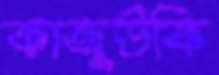
কাজুউকি